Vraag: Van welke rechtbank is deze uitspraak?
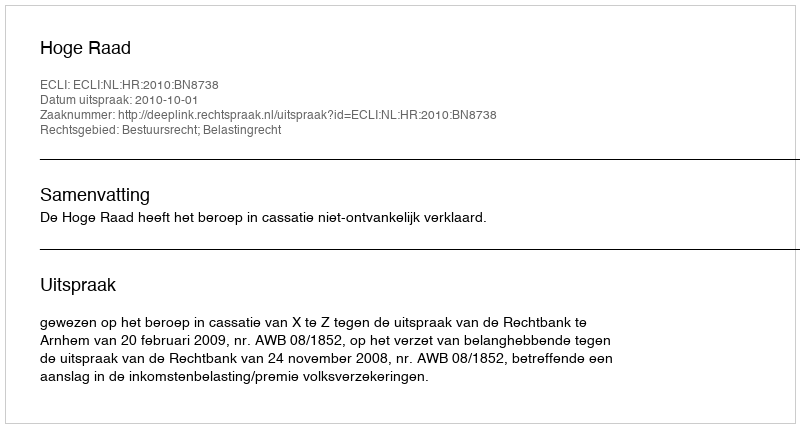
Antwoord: Hoge Raad